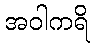
အဝါကရိ